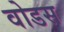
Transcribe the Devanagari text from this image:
वोडस